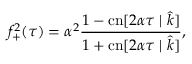
f _ { + } ^ { 2 } ( \tau ) = \alpha ^ { 2 } \frac { 1 - \mathrm { c n } [ 2 \alpha \tau \mid \hat { k } ] } { 1 + \mathrm { c n } [ 2 \alpha \tau \mid \hat { k } ] } ,